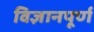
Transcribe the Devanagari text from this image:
विज्ञानपूर्ण